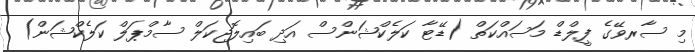
މި ސާރވޭގެ ފީލްޑް މަސައްކަތް (ޑޭޓާ ކަލެކްޝަންސް އަދި ބައިލޮޖިކަލް ސާމްޕަލް ކަލެކްޝަން)